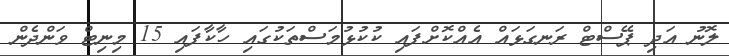
ލޮނު އަދި ޕޭސްޓް ރަނގަޅައް އެއްކޮށްފައި ކުކުޅުމަސްތަކުގައި ހާކާފައި 15 މިނިޓް ވަންދެން